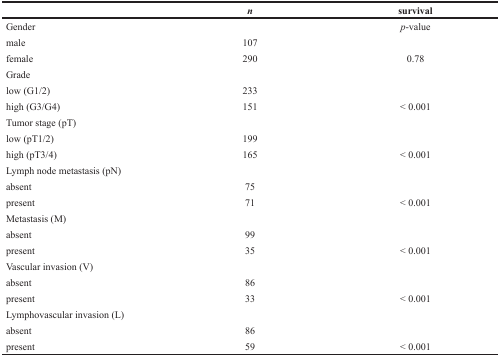
<table><thead><tr><td></td><td><b><i>n</i></b></td><td><b>survival</b></td></tr></thead><tbody><tr><td>Gender</td><td></td><td><i>p</i>-value</td></tr><tr><td>male</td><td>107</td><td></td></tr><tr><td>female</td><td>290</td><td>0.78</td></tr><tr><td>Grade</td><td></td><td></td></tr><tr><td>low (G1/2)</td><td>233</td><td></td></tr><tr><td>high (G3/G4)</td><td>151</td><td>&lt; 0.001</td></tr><tr><td>Tumor stage (pT)</td><td></td><td></td></tr><tr><td>low (pT1/2)</td><td>199</td><td></td></tr><tr><td>high (pT3/4)</td><td>165</td><td>&lt; 0.001</td></tr><tr><td>Lymph node metastasis (pN)</td><td></td><td></td></tr><tr><td>absent</td><td>75</td><td></td></tr><tr><td>present</td><td>71</td><td>&lt; 0.001</td></tr><tr><td>Metastasis (M)</td><td></td><td></td></tr><tr><td>absent</td><td>99</td><td></td></tr><tr><td>present</td><td>35</td><td>&lt; 0.001</td></tr><tr><td>Vascular invasion (V)</td><td></td><td></td></tr><tr><td>absent</td><td>86</td><td></td></tr><tr><td>present</td><td>33</td><td>&lt; 0.001</td></tr><tr><td>Lymphovascular invasion (L)</td><td></td><td></td></tr><tr><td>absent</td><td>86</td><td></td></tr><tr><td>present</td><td>59</td><td>&lt; 0.001</td></tr></tbody></table>